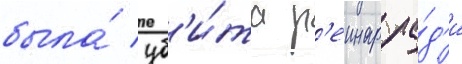
была́ уб'и́та р'еинар ра́д'и